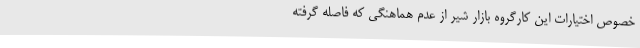
خصوص اختیارات این کارگروه بازار شیر از عدم هماهنگی که فاصله گرفته